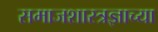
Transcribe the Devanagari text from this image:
समाजशास्त्रज्ञाच्या